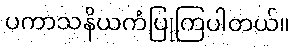
ပကာသနိယကံပြုကြပါတယ်။